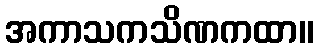
အကာသကသိဏကထာ။